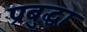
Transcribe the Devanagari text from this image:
प्रबुद्धा